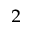
^ { 2 }